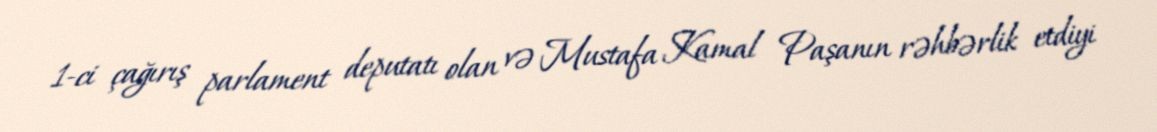
1-ci çağırış parlament deputatı olan və Mustafa Kamal Paşanın rəhbərlik etdiyi